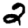
Digit: 2